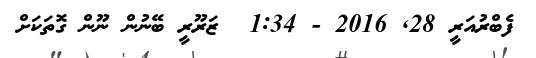
ފެބްރުއަރީ 28